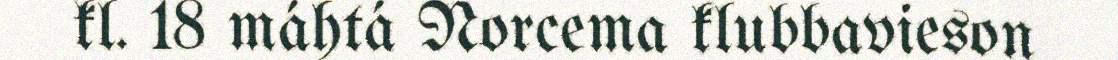
kl. 18 máhtá Norcema klubbavieson